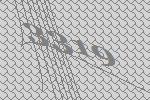
3319